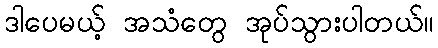
ဒါပေမယ့် အသံတွေ အုပ်သွားပါတယ်။